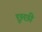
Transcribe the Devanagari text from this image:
छूछी